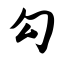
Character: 勾